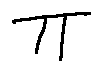
\pi